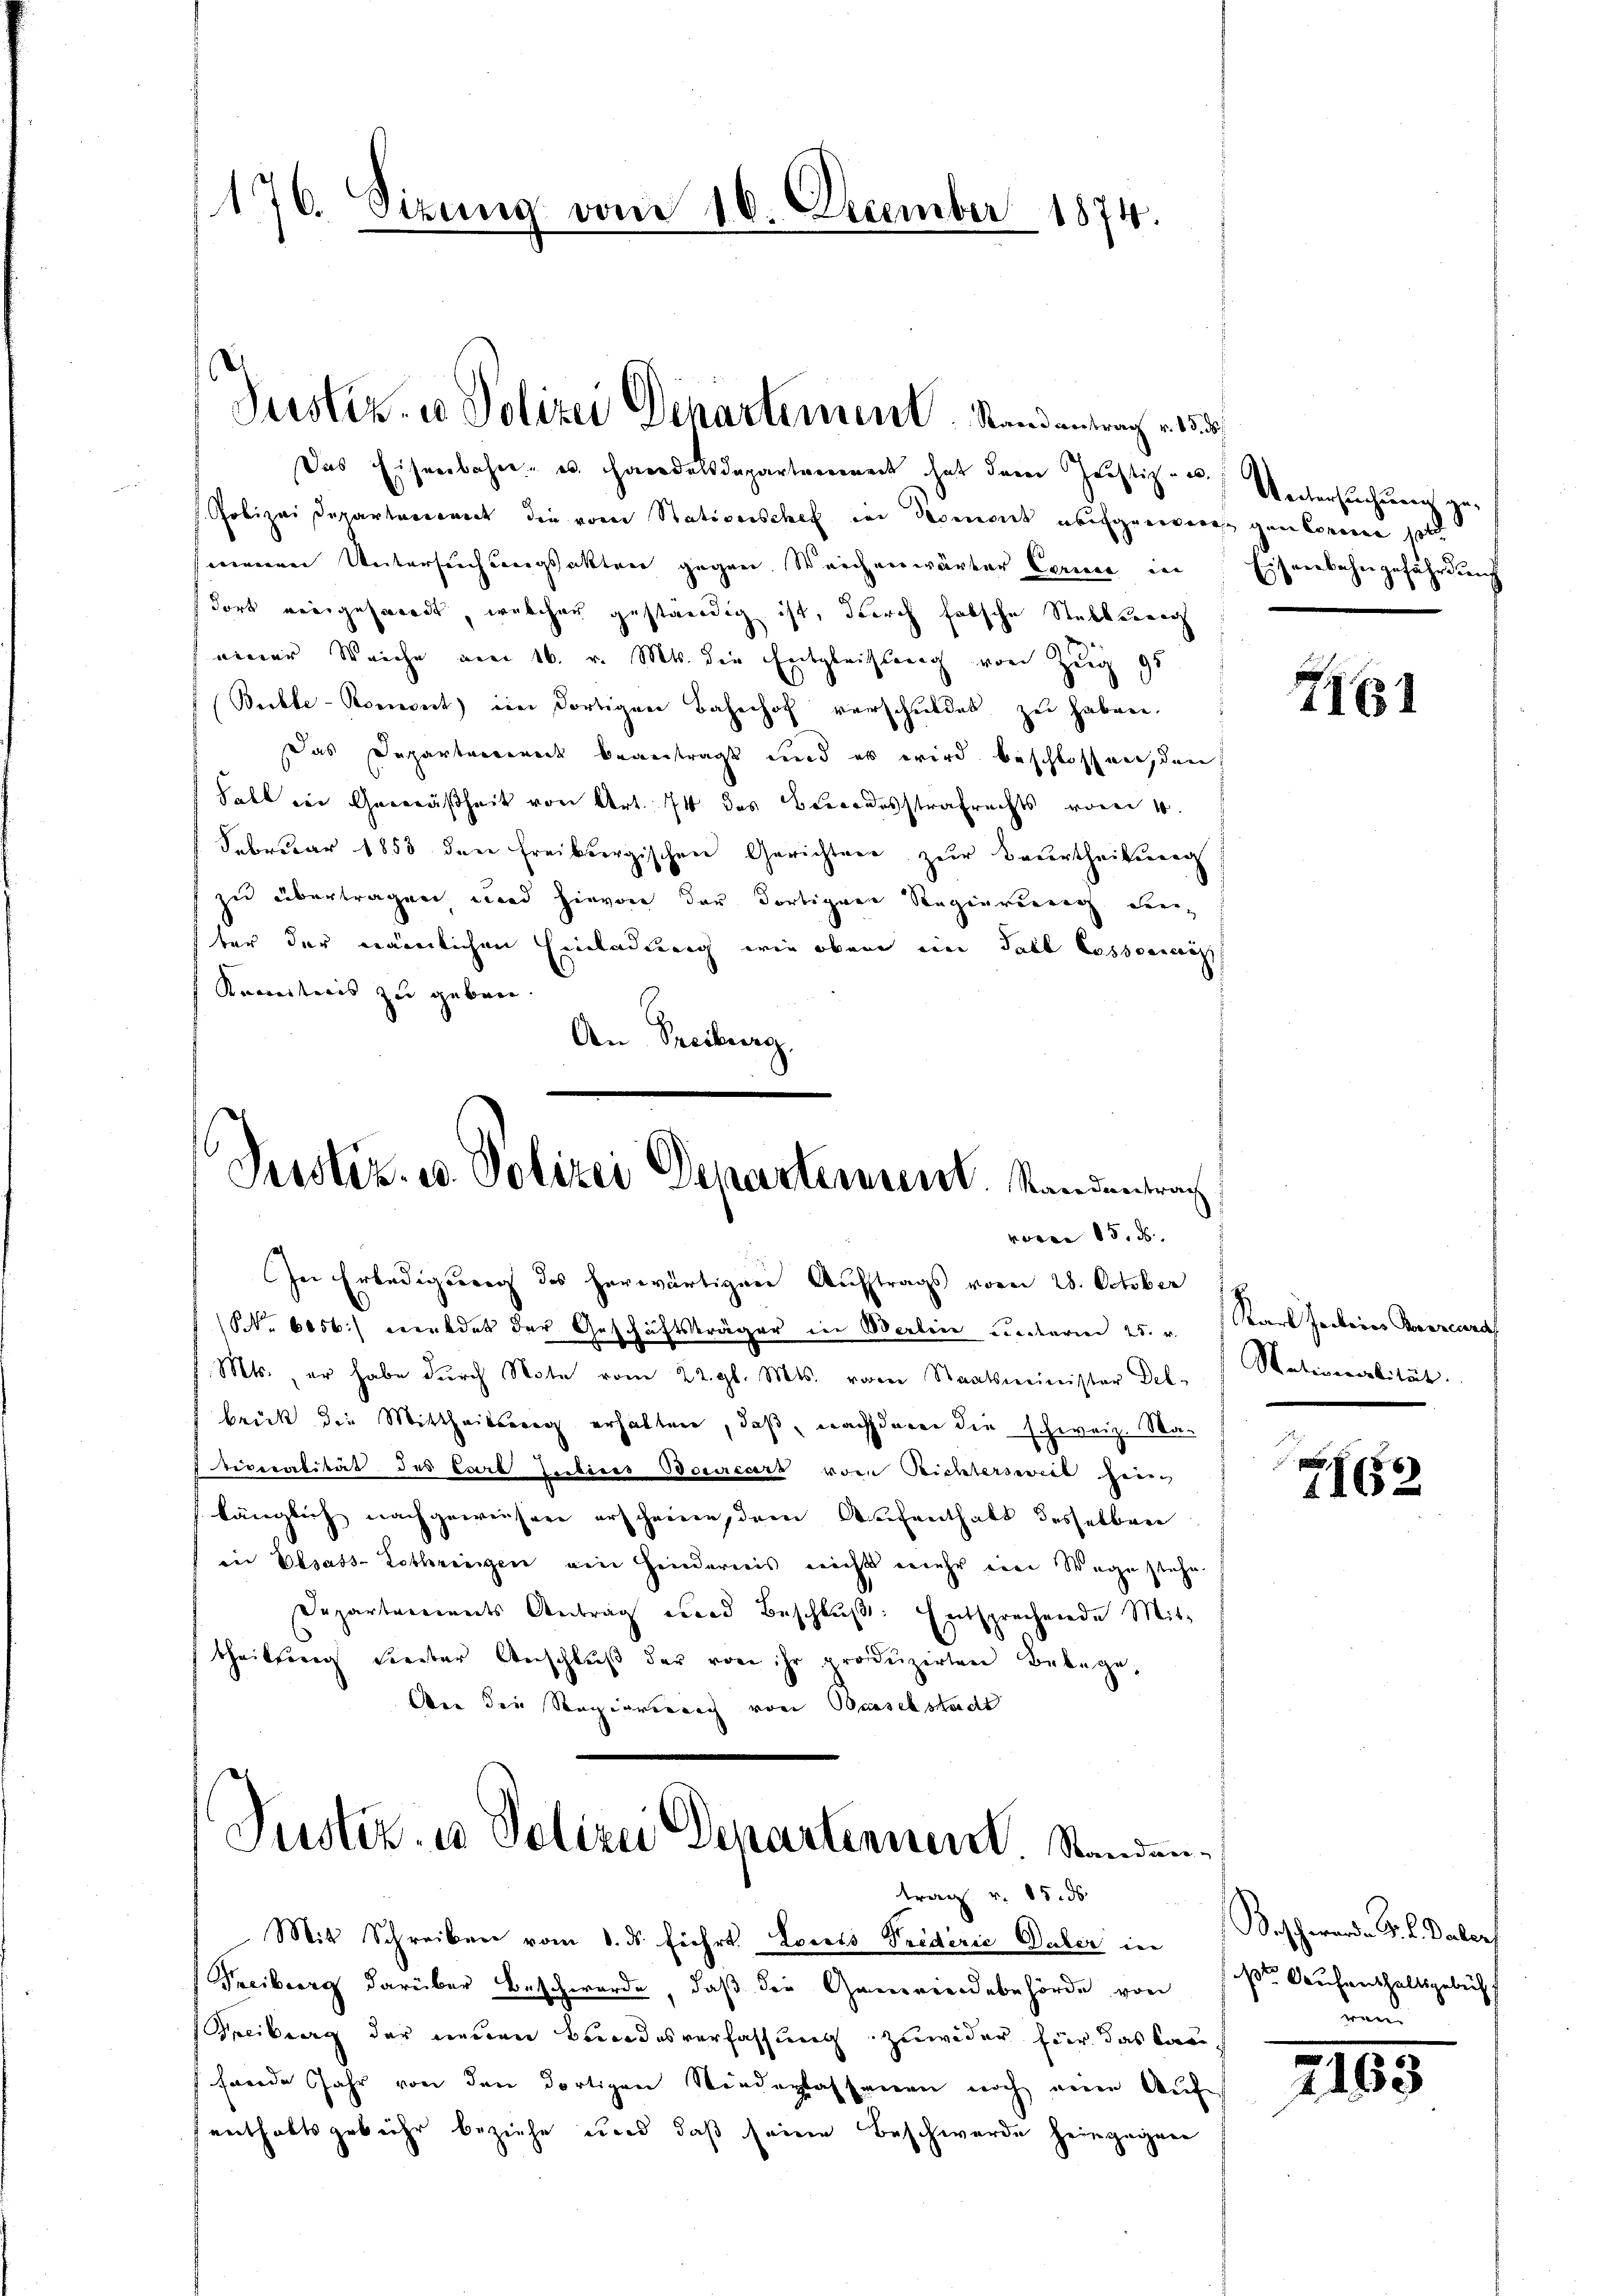
176. Sizung vom 16. December 1874.

Justiz- u Polizei Departement. Randantrag v. 15.

Justiz- u. Polizei Departement. Standentrach
voren 15. 5

Das Eisenbahn- u Handelsdepartement hat dem Justiz- u. Untersuchung z
Polizei Departement die vom Stativerschef der Komorde übergerrence gen Consen sol
seinernen Untersuchungsakten gegen. Weichenwärter Cariere in
Fort viergesandt, welcher geständig ist, durch falsche Stellung
einer Weiche am 16. v. Mts. die Entgleichtung von Zug 95
Buckle-Roment) im dortigen Bahnhof verschuldet zu haben.
Das Departeieneck beantragt und es wird beschlossen, den
Fabl der Gemäßheit von Art. 74 des Bewordesstrafrechts vom 4.
Februar 1853 den Freiburgischen Gerichten zur Beurtheilung
zu übertragen wird hievon der dortiger Regierung denter der nämlichen Einladung wie obene ein Fall Cossonicus
Kenntnis zu geben.
An Freiburg.
Ie Erledigung des herwärtigen Auftrags vom 28. October
(Nr. 6056. meldet der Geschäftsträger in Berlin unterm 25. v.
Mts., er habe durch Note vom 22. gl. Mts. vom Staatsminister Del-
brick die Mittheilsberg erhalten, daß, nachderen die schweiz. Maviveralität des Carb Judices Bourcart vom Richterseviel herr
länglich nachgewiesen erscheinen, dem Aufenthalt desselben
in Elsass-Lothringen ein Hindernis nicht mehr eine Wege stehe
Departariats Antrag eine Beschluß: Entsprechende Mit-
theilung freiter Anschluß der von ihr produzirten Belege,
An die Regierinung von Baselstadt
Justiz- u Polizei Departenner Standentrag v. 15. ds.
Mit Schreiben vom 8. ds Fiehrt. Locals Triderie Duler in
Freiberg darüber Beschwerde, daß die Gemeindebehörde von
Freiburg der neuen Bundesverfassung zuwider für das kann
Frende Jahr von den dortigen Niederlassenen noch eine Auf
enthaltsgebühr beziehe und daß seine Beschwerde heimgegnen

eerbahngefährdung
Ei

I161

Starb Jeckeres Poreneuras
Mativeralität.

7162

Waschward. G. L. Daber
e Aeufenthaltsgelich
rend

2163